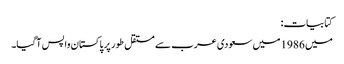
کتابیات:
میں 1986 میں سعودی عرب سے مستقل طور پر پاکستان واپس آگیا۔